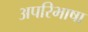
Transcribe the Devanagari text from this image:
अपरिभाषा